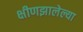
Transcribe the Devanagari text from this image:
क्षीणझालेल्या